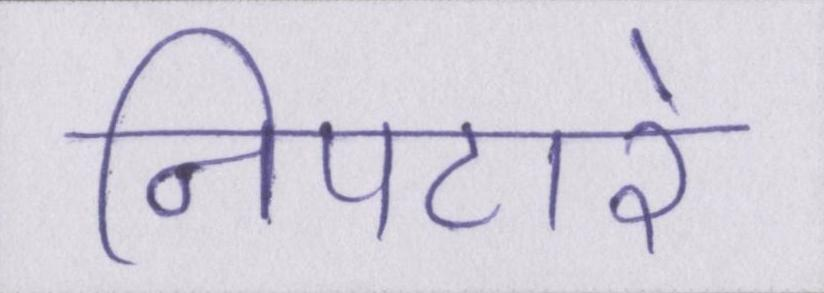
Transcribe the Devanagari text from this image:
निपटारे